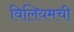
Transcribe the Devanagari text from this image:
विलियमची